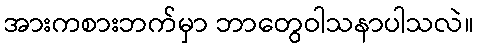
အားကစားဘက်မှာ ဘာတွေဝါသနာပါသလဲ။